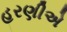
હરણીએ